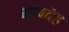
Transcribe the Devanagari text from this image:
भावदेह